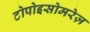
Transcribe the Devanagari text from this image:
टोपोइसोमरेज़